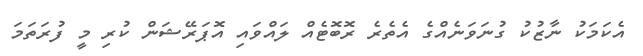
އެކަމަކު ނާޒުކު ގުނަވަނެއްގެ އެތެރެ ރޮބޮޓެއް ލައްވައި އޮޕަރޭޝަން ކުރި މީ ފުރަތަމަ